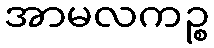
အာမလကဉ္စ